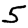
Digit: 5